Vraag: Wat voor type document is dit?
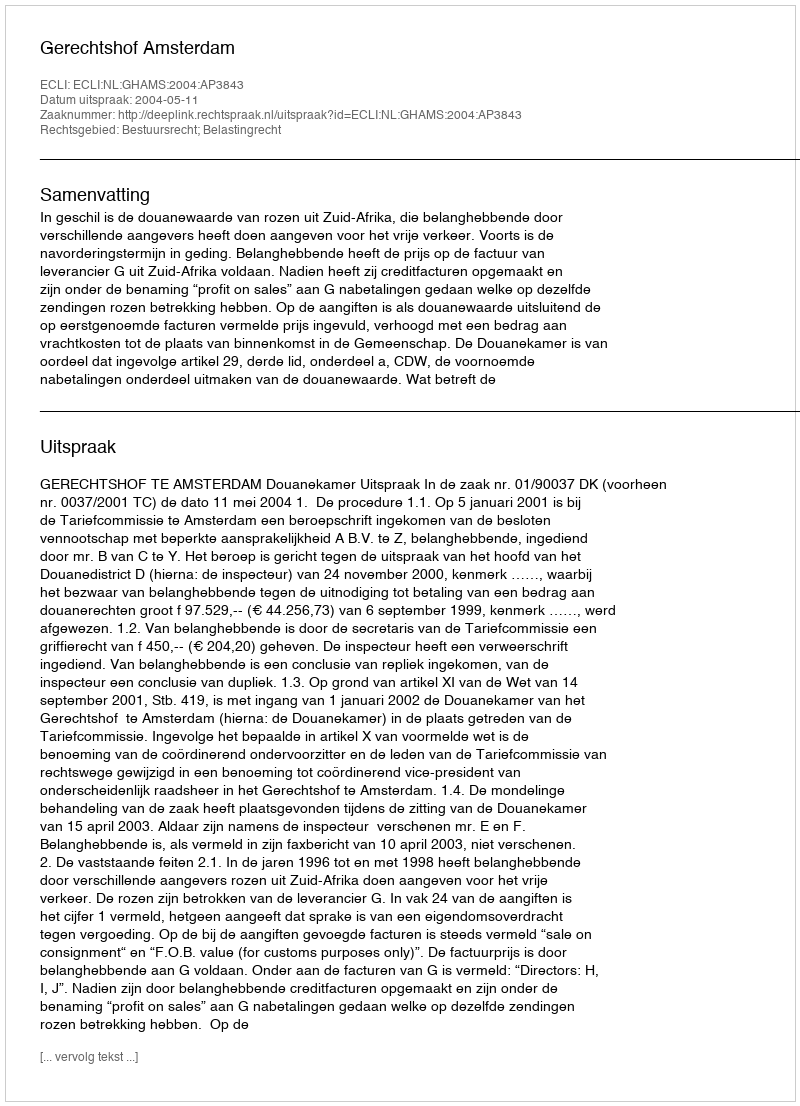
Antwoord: Uitspraak